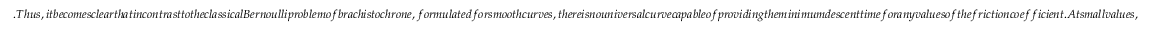
. T h u s , i t b e c o m e s c l e a r t h a t i n c o n t r a s t t o t h e c l a s s i c a l B e r n o u l l i p r o b l e m o f b r a c h i s t o c h r o n e , f o r m u l a t e d f o r s m o o t h c u r v e s , t h e r e i s n o u n i v e r s a l c u r v e c a p a b l e o f p r o v i d i n g t h e m i n i m u m d e s c e n t t i m e f o r a n y v a l u e s o f t h e f r i c t i o n c o e f f i c i e n t . A t s m a l l v a l u e s ,